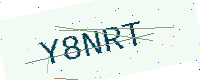
Text: Y8NRT